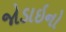
જોડાઇનો